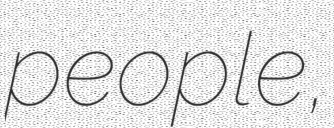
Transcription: people,